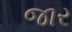
જાર